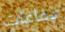
دفاعات